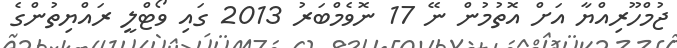
ޖުމްހޫރިއްޔާ އަށް އޮތުމުން ނޭ 17 ނޮވެމްބަރު 2013 ގައި ވޯޓްލީ ރައްޔިތުންގެ